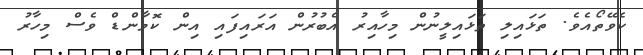
ކެވޭތޯއެވެ. ތަޅައިލި ތަޅައިލީނުން މިހާއިރު އެބުރުން އަރައިފައި އިން ކޮމާންޑް ވެސް މިހާރު